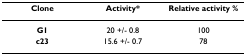
<table><thead><tr><td><b>Clone</b></td><td><b>Activity*</b></td><td><b>Relative activity %</b></td></tr></thead><tbody><tr><td><b>G1</b></td><td>20 +/- 0.8</td><td>100</td></tr><tr><td><b>c23</b></td><td>15.6 +/- 0.7</td><td>78</td></tr></tbody></table>